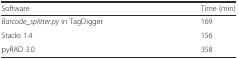
| Software | Time (min) |
 | --- | --- |
 | Barcode_splitter.py in TagDigger | 169 |
 | Stacks 1.4 | 156 |
 | pyRAD 3.0 | 358 |